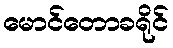
မောင်တောခရိုင်